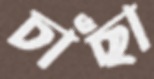
চাঁছা